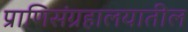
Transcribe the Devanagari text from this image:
प्राणिसंग्रहालयातील